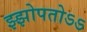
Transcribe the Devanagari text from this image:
झ्झोपतोऽऽ